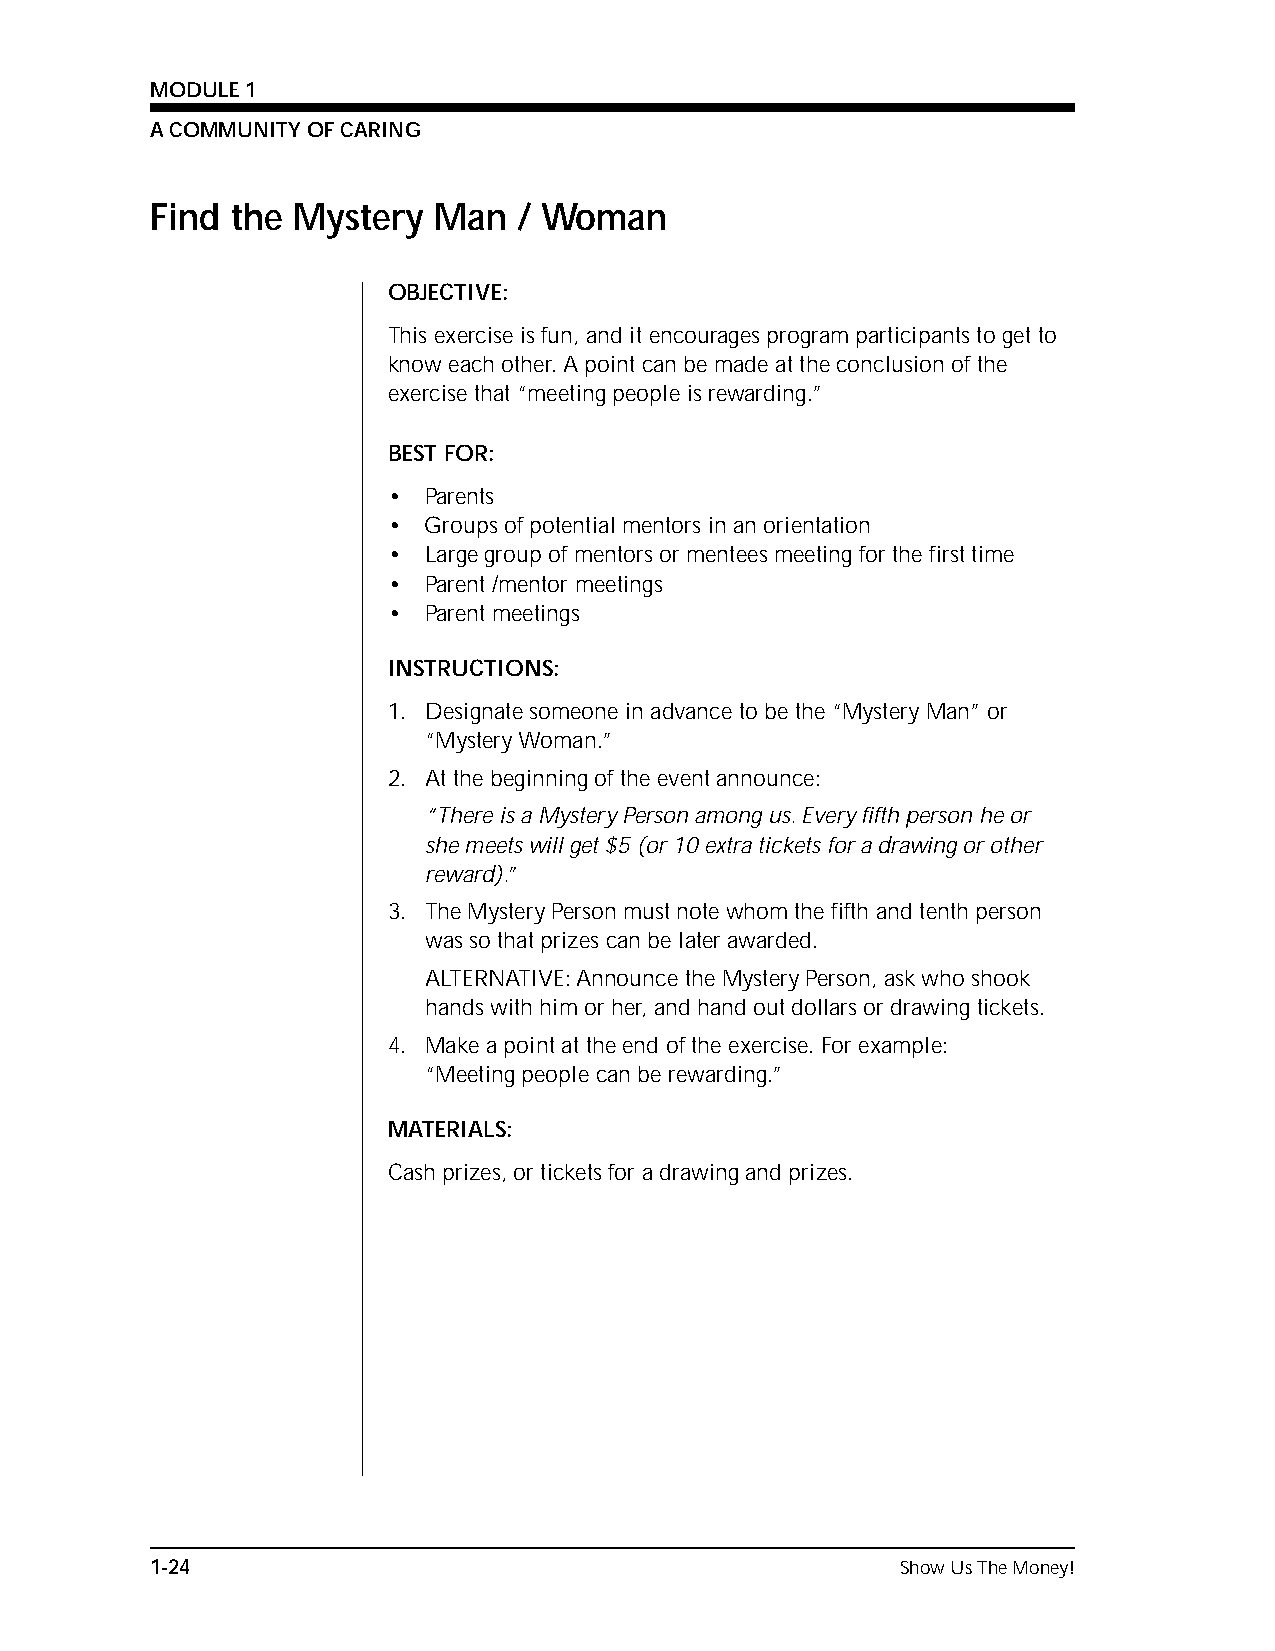
MODULE 1
 A COMMUNITY OF CARING
 Find the Mystery   Man  / Woman
 OBJECTIVE:
 This exercise is fun, and it encourages program participants to get to
 know each other. A point can be made at the conclusion of the
 exercise that “meeting people is rewarding.”
 BEST FOR:
 • Parents
 • Groups of potential mentors in an orientation
 • Large group of mentors or mentees meeting for the first time
 • Parent /mentor meetings
 • Parent meetings
 INSTRUCTIONS:
 1. Designate someone in advance to be the “Mystery Man” or
 “Mystery Woman.”
 2. At the beginning of the event announce:
 “There is a Mystery Person among us. Every fifth person he or
 she meets will get $5 (or 10 extra tickets for a drawing or other
 reward).”
 3. The Mystery Person must note whom the fifth and tenth person
 was so that prizes can be later awarded.
 ALTERNATIVE: Announce the Mystery Person, ask who shook
 hands with him or her, and hand out dollars or drawing tickets.
 4. Make a point at the end of the exercise. For example:
 “Meeting people can be rewarding.”
 MATERIALS:
 Cash prizes, or tickets for a drawing and prizes.
 1-24                                              Show Us The Money!